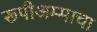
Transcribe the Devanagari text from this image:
रूपीअम्माचा